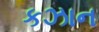
કઝાન